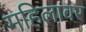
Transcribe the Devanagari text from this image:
महिलावर